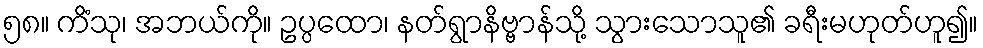
၅၈။ ကိံသု၊ အဘယ်ကို။ ဥပ္ပထော၊ နတ်ရွာနိဗ္ဗာန်သို့ သွားသောသူ၏ ခရီးမဟုတ်ဟူ၍။